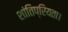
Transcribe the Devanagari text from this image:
शांतिप्रियता।